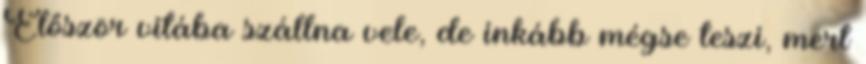
Először vitába szállna vele, de inkább mégse teszi, mert